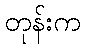
တုန်းက